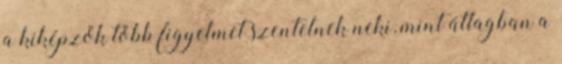
a kiképzők több figyelmet szentelnek neki, mint átlagban a